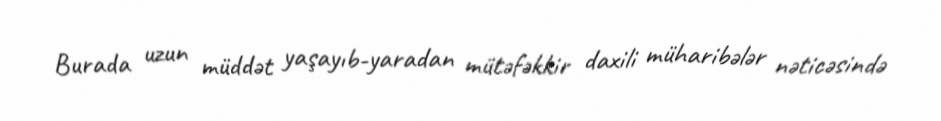
Burada uzun müddət yaşayıb-yaradan mütəfəkkir daxili müharibələr nəticəsində